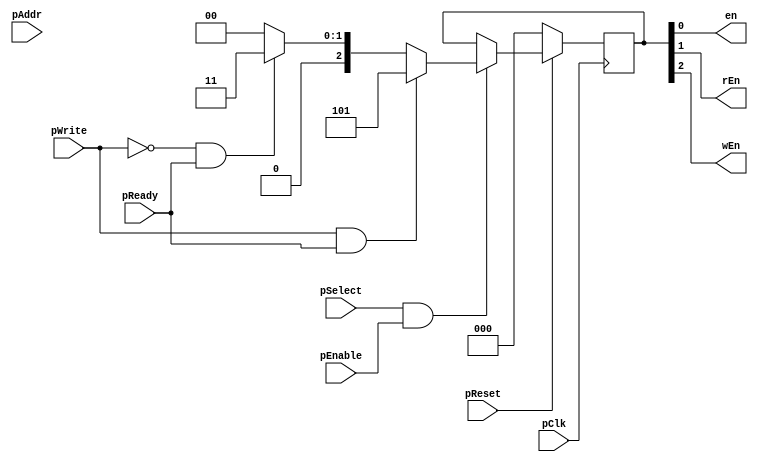
//`timescale 1ns / 1ps
//////////////////////////////////////////////////////////////////////////////////
// Company: 
// Engineer: 
// 
// Design Name: 
// Module Name: modules
// Project Name: 
// Target Devices: 
// Tool Versions: 
// Description: 
// 
// Dependencies: 
// 
// Revision:
// Revision 0.01 - File Created
// Additional Comments:
// 
//////////////////////////////////////////////////////////////////////////////////
//==================================================================
//Inputs and outputs for reference
//==================================================================
/*
//AMBA
reg [7:0] pWData; 
reg [7:0] pRData;
reg pWrite;
reg pSelect;
wire pEnable;
wire pClk;
reg pReset;
reg [32:0] pAddress;
reg pReady;
assign pslverr = 0;
//USRT
reg [7:0] inData;
wire [7:0] outData;
wire uClk;
reg dir; //dir<=~pWrite
*/

//==================================================================
//MODULOK
//==================================================================

module enable(
	input pClk,
	input pReset,
	input pReady,
	input pSelect,
	input pWrite,
	input [32:0] pAddr,
	input pEnable,
	output en, //usrt selected >> starts the baudgenerator
	output rEn, //usrt can send data to amba >> enables the deserializer
	output wEn //amba sends data to usrt >> enables the serializer
);
reg [2:0] temp;
always @ (posedge pClk)
	begin
		if(pReset==0) temp=3'b000;
		else if(pSelect==1 && pEnable==1)
	      if(pWrite==1 && pReady==1) 
	      temp<=3'b101;
	      else if(pWrite!=1 && pReady==1)
		  temp<=3'b011;
	      else 
	      temp<=3'b000;
	end
	assign en=temp[0];
	assign rEn=temp[1];
	assign wEn=temp[2];
endmodule


/*
generates 200kHz* clk for the serializer and the deserializer, and the state_reg 
(according to the Zilog Z844 model)
*/
module baud_gen(
	input pClk,
	input en,
	output uClk
);
	reg [6:0] counter;
	always@(posedge pClk)
	begin
		if(en)
			counter<=0;
		else if(counter==79)
			counter<=0;
		else
		    counter<=counter+1;
	end
	
	assign uClk=(counter==79)? 1 : 0;
	
endmodule

//generates uRst from pRst, the USRT modules can only use uRst
//uRst is the reset signal aligned to uClk s it will only activaty if uClk is active!
module uRst_gen(
	input pClk,
	input uClk,
	input pRst,
	output uRst
);
    reg reset_flag;
	reg reset_out;
	
	always@(posedge pClk)
	begin
	if(pRst) reset_flag<=1;
	end
	
	always@(posedge uClk)
	if(reset_flag)
		begin
		reset_flag<=0;
		reset_out<=0;
		end
	else reset_out<=0;	
	
	assign uRst=reset_out;
	
endmodule

//deserializes a package from the UART and hand it to the read register
//if the enable is inconsistent during the 11 uCLK period, the whole read process is canceled
module deserializer(
	input Tx,
	input uClk,
	input rEn,
	input uRst,
	output [10:0] data
);

reg [10:0] temp;
reg [3:0] counter;
reg send_flag;

always@(posedge uClk)
	begin
		if(uRst || !rEn)
		begin
			temp<=0;
			counter<=0;
			send_flag<=0;
		end
		else
		begin
			counter<=counter+1;
			send_flag<=0;
			temp[counter]<=Tx;
			if(counter==10)
			counter<=0;
			send_flag<=1;
		end
	end
	assign data=(send_flag)? temp : 0;
endmodule

//connects the data from the UART to the AMBA if its consistent with USRT protocols rules
module read_reg(
	input pClk,
	input pRst,
	input [10:0] data_in,
	output [7:0]data_out
);
reg out_en;

always@(posedge pClk)
	begin
		if(pRst) out_en=0;
		else if(data_in[0]==1 && data_in[10]==0 && data_in[9]==data_in[0]^data_in[1]^data_in[2]^data_in[3]^data_in[4]^data_in[5]^data_in[6]^data_in[7])
		out_en<=1;
	end
	
assign data_out=(out_en)? data_in[9:1] : 8'bzzzzzzzz;
endmodule

//connects the data from the AMBA to the UART, and encapsulates it according to the USRT protocol
module write_reg(
input [7:0] data_in,
input pRst,
input pClk,
input wEn,
output [10:0] data_out
);

reg [10:0] temp;

always@(posedge pClk)
begin
	if(pRst || !wEn)
	temp=0;
	else if(wEn)
	begin
		temp[0]<=1;
		temp[8:1]<=data_in;
		temp[9]<=data_in[0]^data_in[1]^data_in[2]^data_in[3]^data_in[4]^data_in[5]^data_in[6]^data_in[7];
		temp[10]<=0;
	end
end

assign data_out=temp;
endmodule



/*
recieves the data serializes it
*/
module  serializer(
	input [10:0] data,
	input uClk,
	input wEn,
	input uRst,
	output Rx
);
reg [3:0] counter;
reg temp;
reg t_flag;

always @(posedge uClk)
begin
	if(uRst || !wEn) 
	counter<=0;
	else
	begin
		counter<=counter+1;
		temp<=data[counter];
		if(counter==10)
		counter<=0;
	end
end
 
 assign Rx=(wEn)? temp : 1'bz;

endmodule